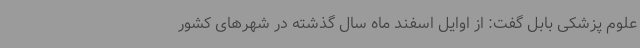
علوم‌ پزشکی بابل گفت: از اوایل اسفند ماه سال گذشته در شهرهای کشور